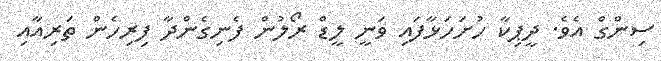
ސިންގް އެވެ. ދީޕިކާ ހުށަހަޅާފައި ވަނީ ލީޑް ރޯލުން ފެނިގެންދާ ފިރިހެން ތަރިއާއި